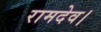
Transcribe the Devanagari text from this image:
रामदेव।